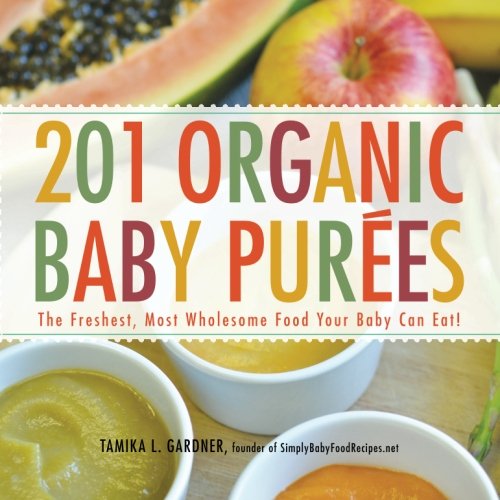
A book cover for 201 Organic Baby Purees: The Freshest, Most Wholesome Food Your Baby Can Eat!; Tamika L. Gardner; Cookbooks, Food & Wine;